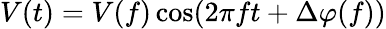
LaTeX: V(t)=V(f)\cos(2\pi ft+\Delta\varphi(f))